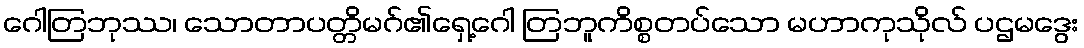
ဂေါတြဘုဿ၊ သောတာပတ္တိမဂ်၏ရှေ့ဂေါ တြဘူကိစ္စတပ်သော မဟာကုသိုလ် ပဌမဒွေး